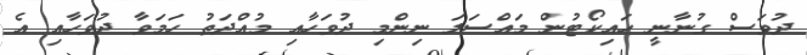
ދުވަސް ގުނާނީ ހައިކޯޓުން މައްސަލަ ނިންމި ދުވަހާއި މުއްދަތު ހަމަވާ ދުވަހާއި އެ